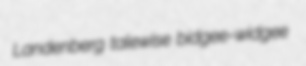
Landenberg talewise bidgee-widgee